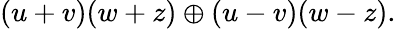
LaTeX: (u+v)(w+z)\oplus(u-v)(w-z).